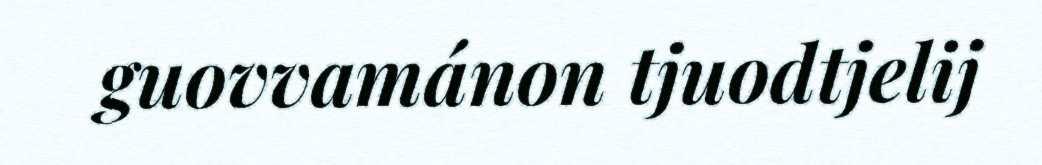
guovvamánon tjuodtjelij